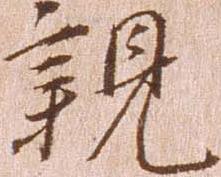
親